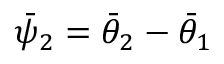
\bar { \psi } _ { 2 } = \bar { \theta } _ { 2 } - \bar { \theta } _ { 1 }